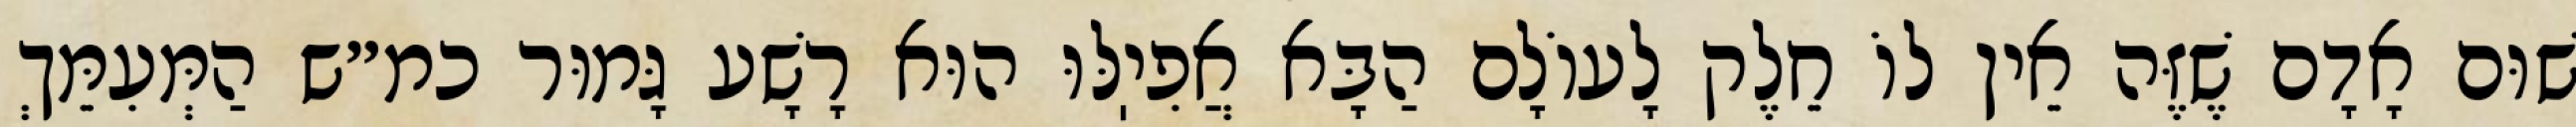
שׁוּם אָדָם שֶׁזֶּה אֵין לוֹ חֵלֶק לָעוֹלָם הַבָּא אֲפִיֽלּוּ הוּא רָשָׁע גָּמוּר כמ״ש הַמְּעִמֵּךְ